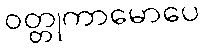
ဝတ္တုကာမောပေ